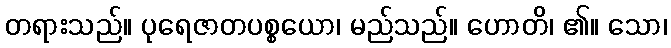
တရားသည်။ ပုရေဇာတပစ္စယော၊ မည်သည်။ ဟောတိ၊ ၏။ သော၊